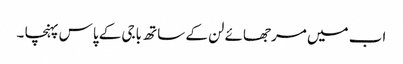
اب میں مرجھائے لن کے ساتھ باجی کے پاس پہنچا ۔